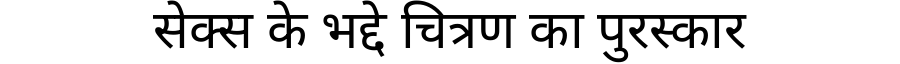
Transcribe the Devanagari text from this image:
सेक्स के भद्दे चित्रण का पुरस्कार